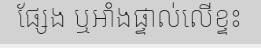
ផ្សែង ឬអាំងផ្ទាល់លើខ្ទះ